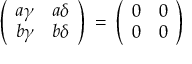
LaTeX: \left( \begin{array} { c c } { { a \gamma } } & { { a \delta } } \\ { { b \gamma } } & { { b \delta } } \end{array} \right) \: = \: \left( \begin{array} { c c } { { 0 } } & { { 0 } } \\ { { 0 } } & { { 0 } } \end{array} \right)